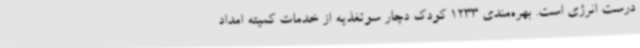
درست انرژی است. بهره‌مندی 1233 کودک دچار سوتغذیه از خدمات کمیته امداد